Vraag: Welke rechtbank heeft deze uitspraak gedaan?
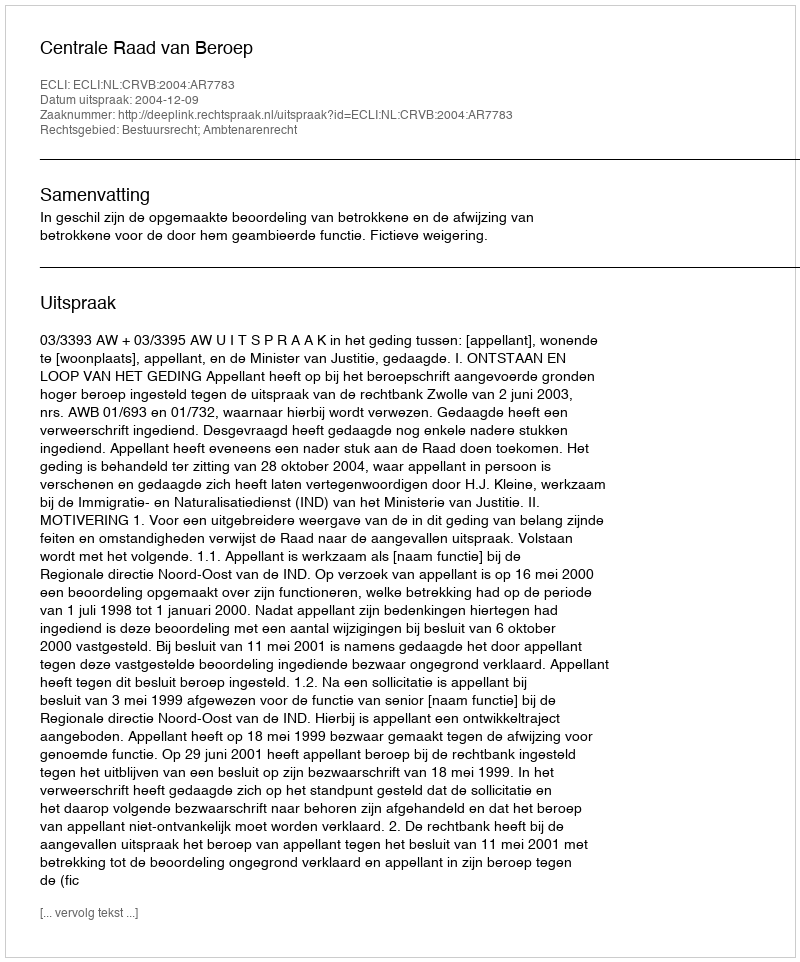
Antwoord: Centrale Raad van Beroep